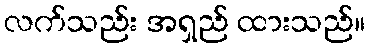
လက်သည်း အရှည် ထားသည်။